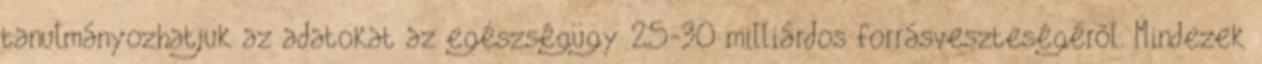
tanulmányozhatjuk az adatokat az egészségügy 25-30 milliárdos forrásveszteségéről. Mindezek